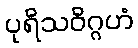
ပုရိသဝိဂ္ဂဟံ